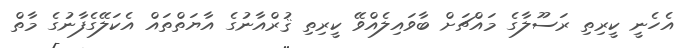
އެހެނީ ކީރިތި ރަސޫލާގެ މައްޗަށް ބާވައިލެއްވޭ ކީރިތި ޤުރްއާނުގެ އާޔަތްތައް އެކަލޭގެފާނުގެ މާތް